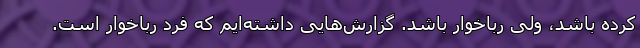
کرده باشد، ولی رباخوار باشد. گزارش‌هایی داشته‌ایم که فرد رباخوار است.